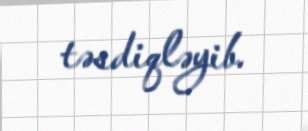
təsdiqləyib.